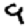
Digit: 9